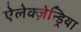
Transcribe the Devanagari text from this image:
ऐलेक्ज़ेन्ड्रिया